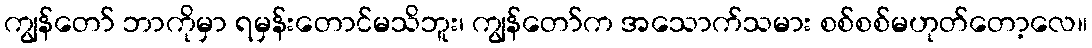
ကျွန်တော် ဘာကိုမှာ ရမှန်းတောင်မသိဘူး၊ ကျွန်တော်က အသောက်သမား စစ်စစ်မဟုတ်တော့လေ။